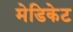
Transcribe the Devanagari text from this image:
मेडिकेट